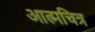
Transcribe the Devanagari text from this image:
आत्मचित्र